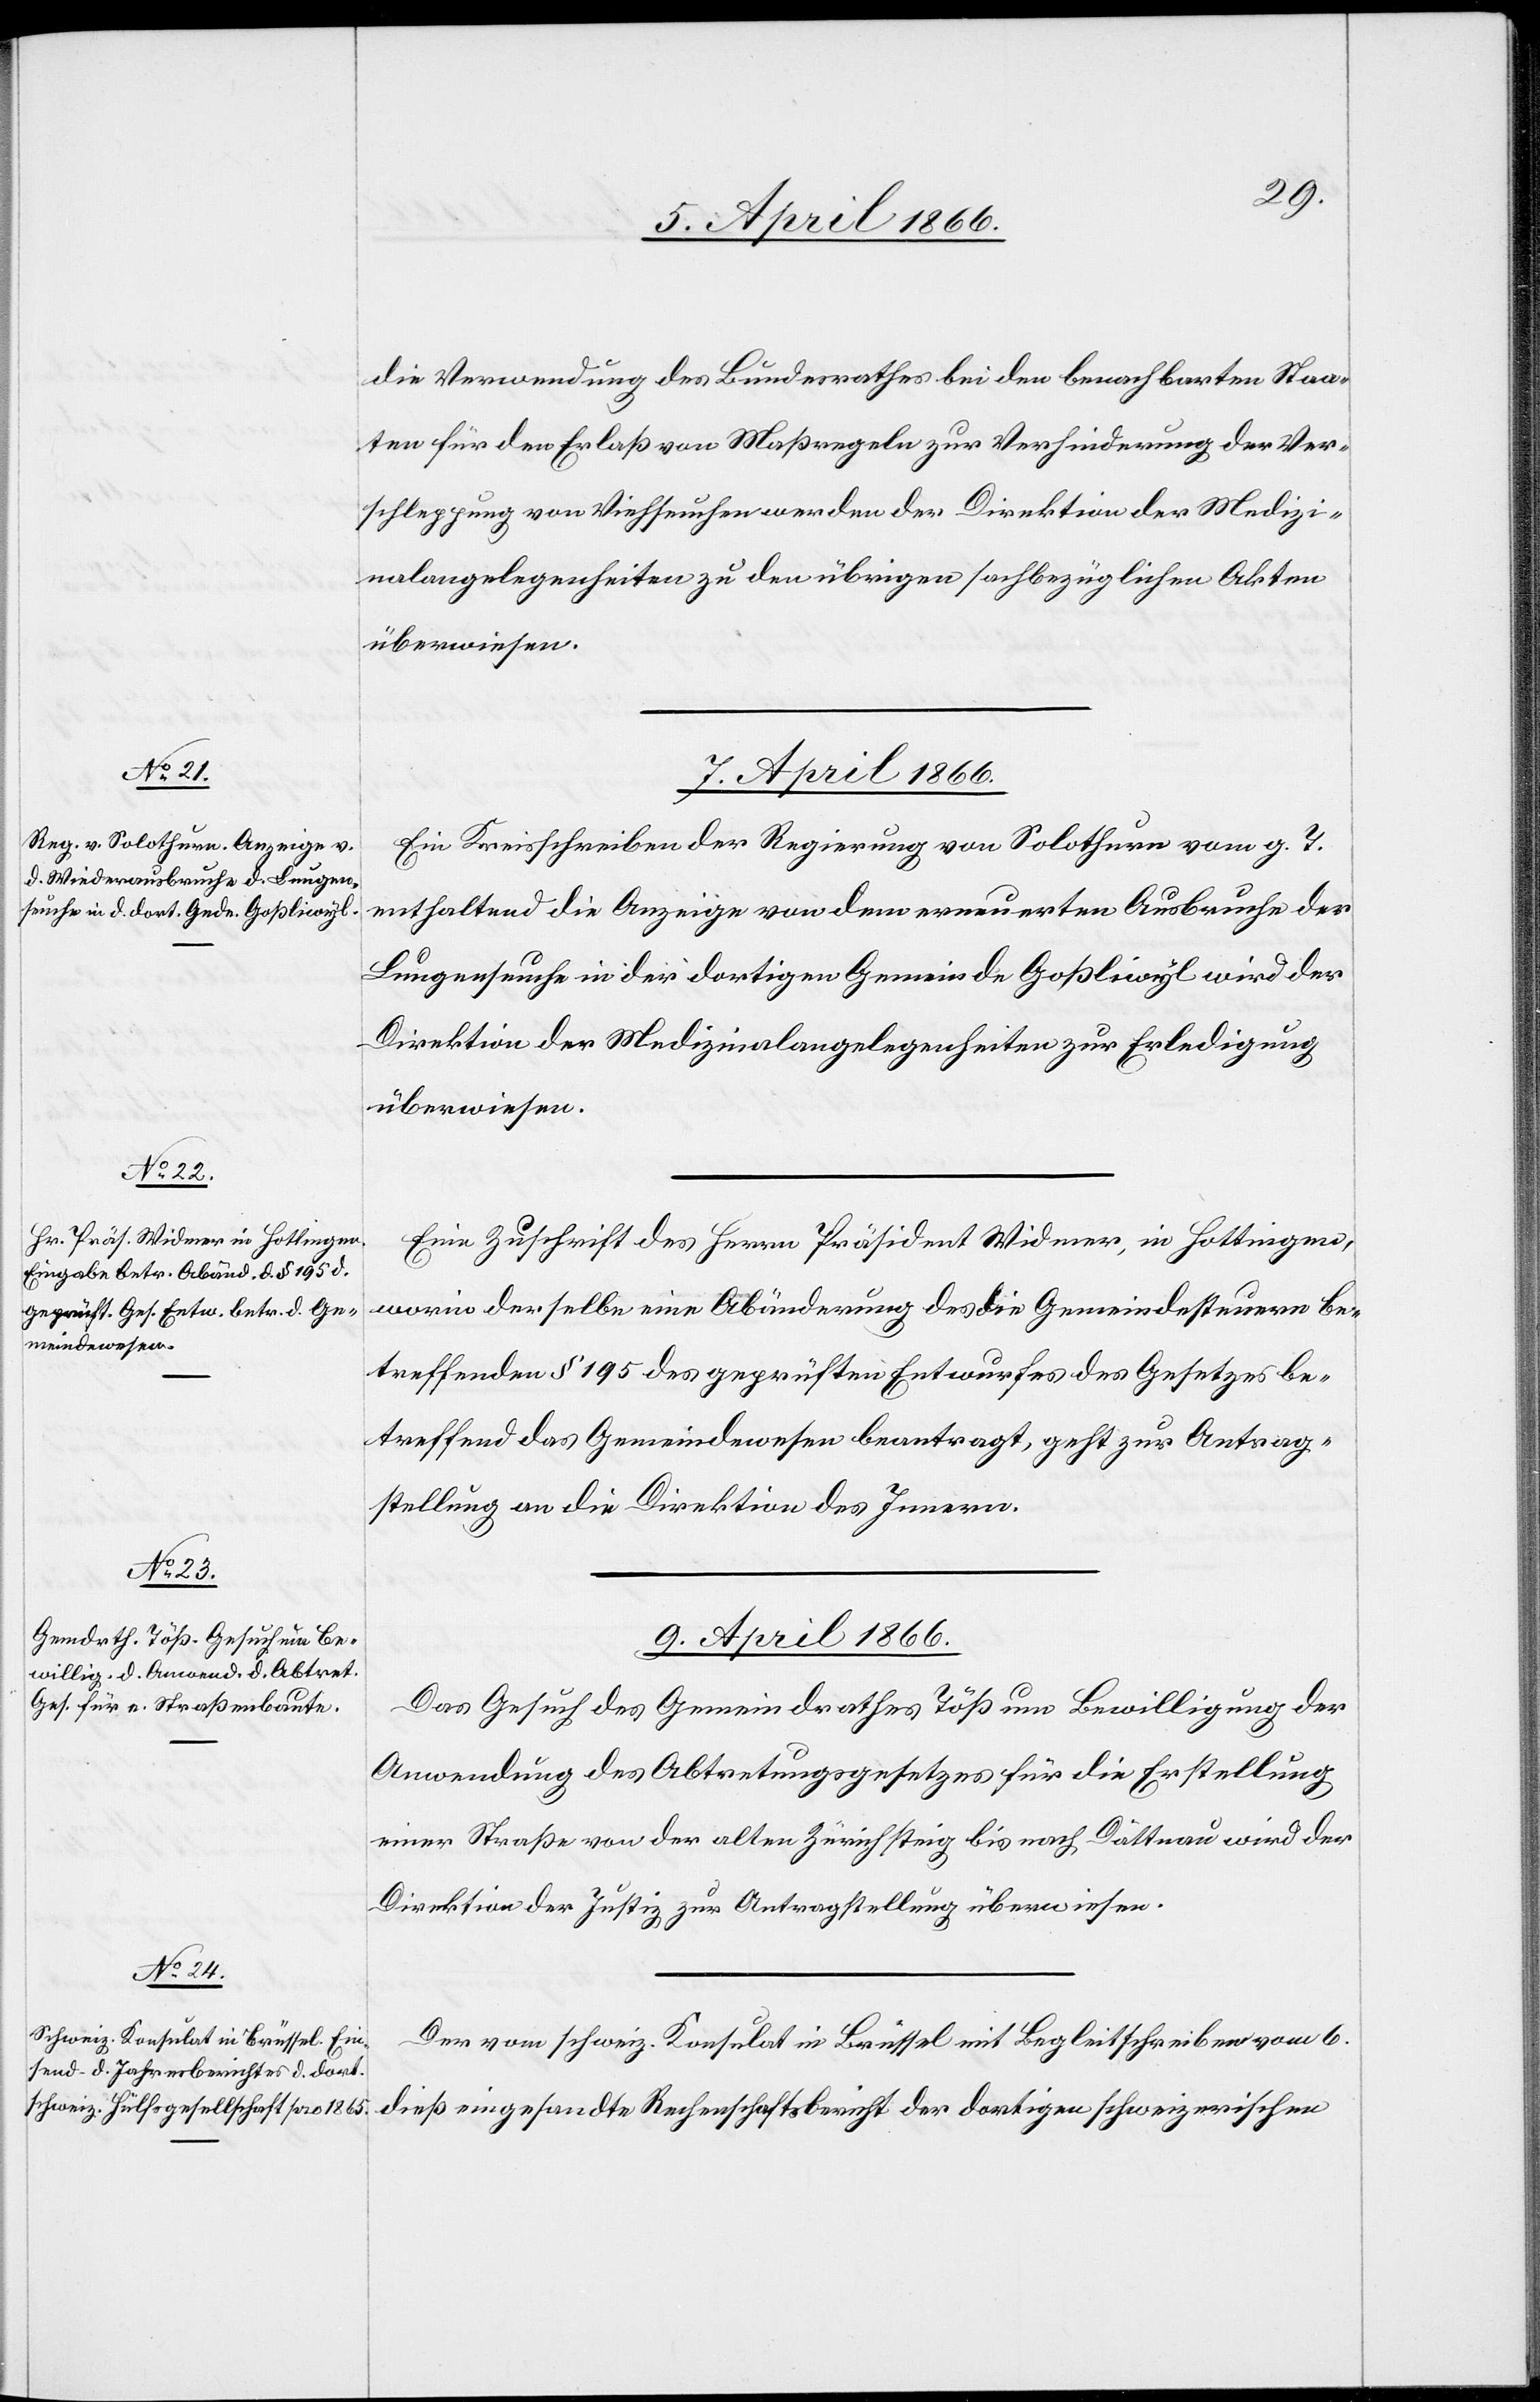
7. April 1866.]
die Verwendung des Bundesrathes bei den benachbarten Staa¬
ten für den Erlaß von Maßregeln zur Verhinderung der Ver¬
schleppung von Viehseuchen werden der Direktion der Medizi¬
nalangelegenheiten zu den übrigen sachbezüglichen Akten
überwiesen.
Ein Kreisschreiben der Regierung von Solothurn vom g. T.
enthaltend die Anzeige von dem erneuerten Ausbruche der
Lungenseuche in der dortigen Gemeinde Goßliwyl wird der
Direktion der Medizinalangelegenheiten zur Erledigung
überwiesen.
Eine Zuschrift des Herrn Präsident Widmer, in Hottingen,
worin derselbe eine Abänderung des die Gemeindssteuern be¬
treffenden § 195 des geprüften Entwurfes des Gesetzes be¬
treffend das Gemeindwesen beantragt, geht zur Antrag¬
stellung an die Direktion des Innern.
9. April 1866.]
Das Gesuch des Gemeindrathes Töß um Bewilligung der
Anwendung des Abtretungsgesetzes für die Erstellung
einer Straße von der alten Zürichsteig bis nach Dättnau wird der
Direktion der Justiz zur Antragstellung überwiesen.
Der vom schweiz. Konsulat in Brüssel mit Begleitschreiben vom 6.
dieß eingesandte Rechenschaftsbericht der dortigen schweizerischen